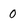
Character: 0